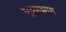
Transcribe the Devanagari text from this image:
माळभाग